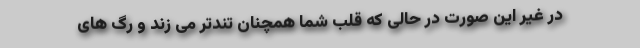
در غیر این صورت در حالی که قلب شما همچنان تندتر می‌ زند و رگ‌ های